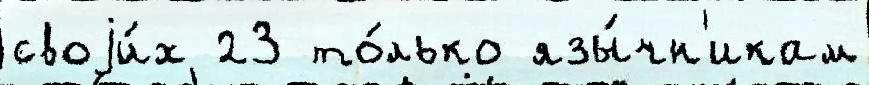
своjи́х 23 то́лько язы́чн'икам